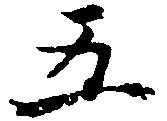
五